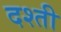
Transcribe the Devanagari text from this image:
दश्ती